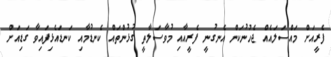
ފެރީއަށް މައްސަލައެއް ޖެހުނުކަން އެނގުނީ ފެރީއާއި މުވާސަލާތީ ގުޅުންތައް ކެނޑުމާއި ކަނޑައެޅިފައިވާ ގަޑިއަށް